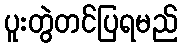
ပူးတွဲတင်ပြရမည်